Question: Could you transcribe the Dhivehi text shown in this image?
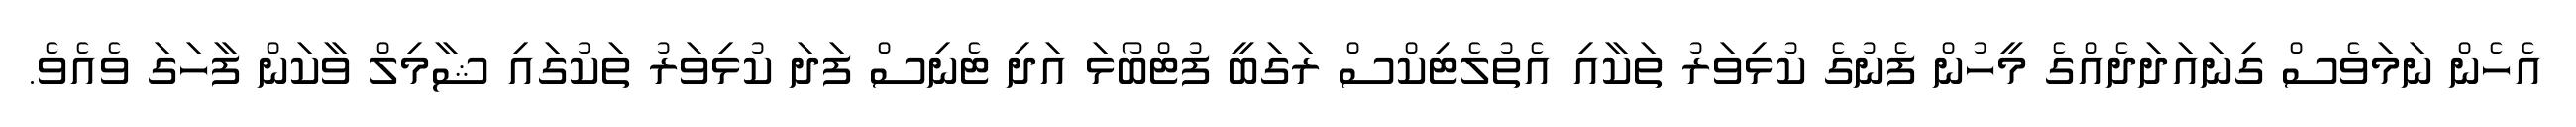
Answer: އެހެން ނަމަވެސް ގިނައަދަދެއްގެ މީހުން ފެނުގެ ކުޅިވަރު ތަކާއި އެތުލެޓިކްސް ރަގަބީ ފުޓްބޯޅަ އަދި ޓެނިސް ފަދަ ކުޅިވަރު ތަކުގައި ޝާމިލް ވާކަން ފާހަގަ ވެއެވެ.